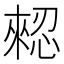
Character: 𢠗